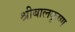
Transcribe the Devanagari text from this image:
श्रीबालकृष्ण